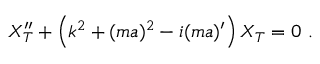
X _ { T } ^ { \prime \prime } + \left( k ^ { 2 } + ( m a ) ^ { 2 } - i ( m a ) ^ { \prime } \right) X _ { T } = 0 \ .